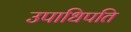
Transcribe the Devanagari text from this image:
उपाधिपति